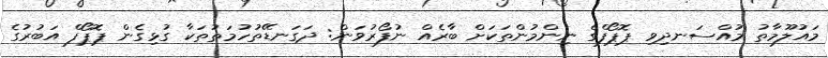
މައުލޫމާތު މުއްސަނދިވި ޕޮޕޯފްގެ ނިންމުންތަކަށް ބާރެއް ނުފޯރުވަން: ދަގަނޑޭތުހުމަތުތަކާ ގުޅިގެން ޕޮޕޯފް އަބުރުގެ